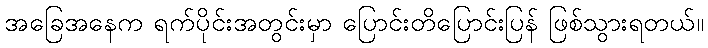
အခြေအနေက ရက်ပိုင်းအတွင်းမှာ ပြောင်းတိပြောင်းပြန် ဖြစ်သွားရတယ်။